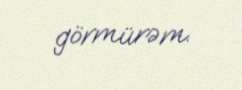
görmürəm.